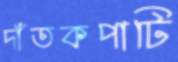
দাঁতকপাটি